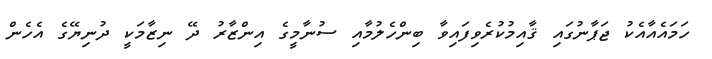
ހަމައެއާއެކު ޖަޕާނުގައި ޤާއިމުކުރެވިފައިވާ ބިންހެލުމާއި ސުނާމީގެ އިންޒާރު ދޭ ނިޒާމަކީ ދުނިޔޭގެ އެހެން